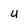
Character: U